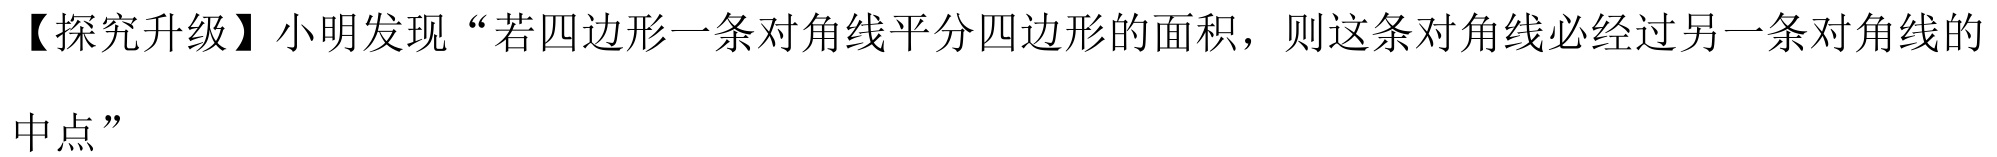
【探究升级】小明发现“若四边形一条对角线平分四边形的面积，则这条对角线必经过另一条对角线的
中点”